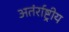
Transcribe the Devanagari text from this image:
अतंर्राष्ट्रीय